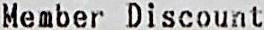
MEMBER DISCOUNT